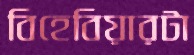
বিহেবিয়ারটা